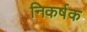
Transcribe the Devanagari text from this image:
निकर्षक